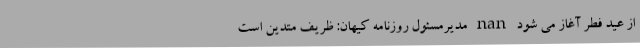
از عید فطر آغاز می شود nan مدیرمسئول روزنامه کیهان: ظریف متدین است